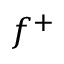
f ^ { + }